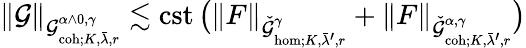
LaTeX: \| \mathcal{G}\| _{\mathcal{{\mathcal{G}}}_{\mathrm{{coh}};K,\bar{{\lambda}},r}^{\alpha\wedge0,\gamma}}\lesssim\mathrm{{cst}}\, \big(\| F\| _{\check{{\mathcal{{\mathcal{G}}}}}_{\mathrm{{hom}};K,\bar{{\lambda}}^{\prime},r}^{\gamma}}+\| F\| _{\check{{\mathcal{{\mathcal{G}}}}}_{\mathrm{{coh}};K,\bar{{\lambda}}^{\prime},r}^{\alpha,\gamma}}\big)